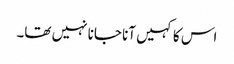
اس کا کہیں آنا جانا نہیں تھا۔